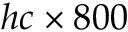
h c \times 8 0 0